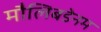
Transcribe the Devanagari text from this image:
मौलिबडेनम